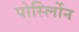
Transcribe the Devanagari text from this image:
पोर्स्लोिन